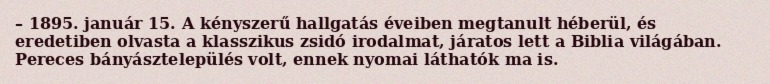
– 1895. január 15. A kényszerű hallgatás éveiben megtanult héberül, és eredetiben olvasta a klasszikus zsidó irodalmat, járatos lett a Biblia világában. Pereces bányásztelepülés volt, ennek nyomai láthatók ma is.